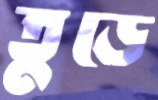
তুড়ে